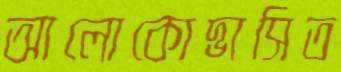
আলোকোদ্ভাসিত